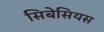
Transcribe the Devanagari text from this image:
सिबेसियस